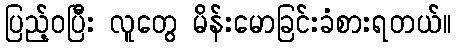
ပြည့်ဝပြီး လူတွေ မိန်းမောခြင်းခံစားရတယ်။